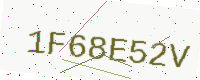
Text: 1F68E52V